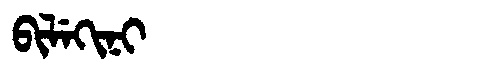
Manchu: ᠪᡳᠯᡝᡴᡳᠨᡳ
Romanization: BILEKINI